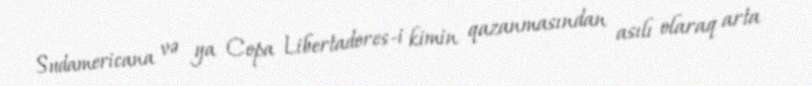
Sudamericana və ya Copa Libertadores-i kimin qazanmasından asılı olaraq arta